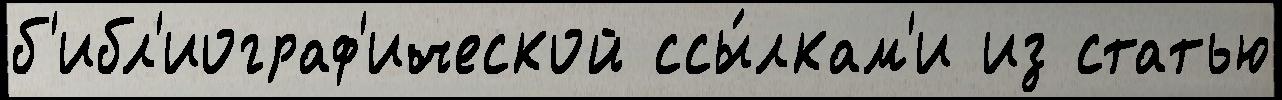
б'ибл'иограф'ической ссы́лкам'и из статью